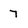
Character: 7